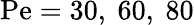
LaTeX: \mathrm{Pe}=30,~60,~80